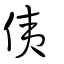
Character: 侇